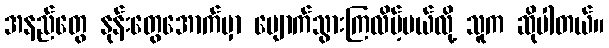
အနည်တွေ နုန်းတွေအောက်မှာ ပျောက်သွားကြလိမ့်မယ်လို့ သူက ဆိုပါတယ်။